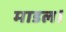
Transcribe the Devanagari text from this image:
माडल।